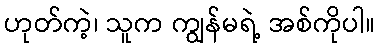
ဟုတ်ကဲ့၊ သူက ကျွန်မရဲ့ အစ်ကိုပါ။